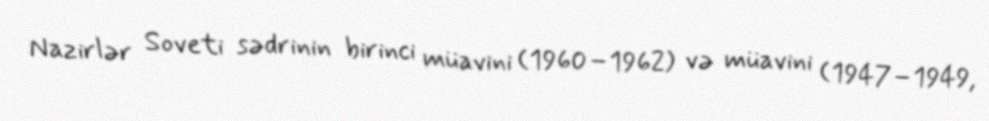
Nazirlər Soveti sədrinin birinci müavini (1960–1962) və müavini (1947–1949,